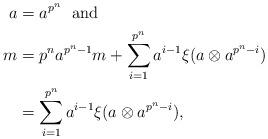
LaTeX: \begin{align*} a &= a^{p^n} \mbox{\ \ and} \\ m &= p^na^{p^n-1}m + \sum_{i=1}^{p^n} a^{i-1}\xi(a\otimes a^{p^n-i}) \\ &= \sum_{i=1}^{p^n} a^{i-1}\xi(a\otimes a^{p^n-i}),\end{align*}